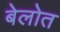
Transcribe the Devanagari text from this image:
बेलोत